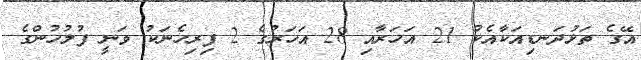
އޭގެ ތަޅުދަނޑިއަކާއެކު 21 އަހަރާއި 28 އަހަރުގެ 2 ފިރިހެނަކު ވަނީ ފުލުހުންގެ